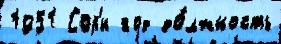
1951 Сор'и год до́лжность